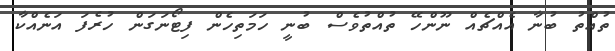
ތުއްތު ބުނާ އެއްޗެެއް ނޫންހޭ ތުއްތުވެސް ބުނީ ހަމަތިހެން ފިޓޯނަގަން ހުރެފަ އަނެއްކާ